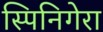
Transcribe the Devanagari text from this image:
स्पिनिगेरा